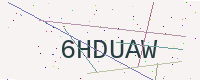
Text: 6HDUAW